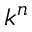
k ^ { n }